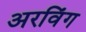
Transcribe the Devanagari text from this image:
अरविंग